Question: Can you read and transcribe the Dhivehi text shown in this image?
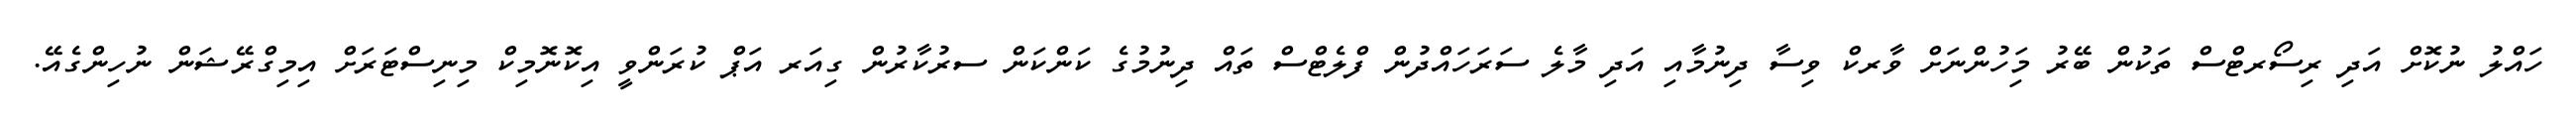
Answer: ހައްލު ނުކޮށް އަދި ރިސޯރޓްސް ތަކުން ބޭރު މަިހުންނަށް ވާރކް ވިސާ ދިނުމާއި އަދި މާލެ ސަރަހައްދުން ފްލެޓްސް ތައް ދިނުމުގެ ކަންކަން ސރުކާރުން ގިއަރ އަޕް ކުރަންވީ އިކޮނޮމިކް މިނިސްޓަރަށް އިމިގްރޭޝަން ނުހިންގެއޭ.